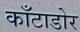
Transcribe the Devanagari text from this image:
काँटाडोर